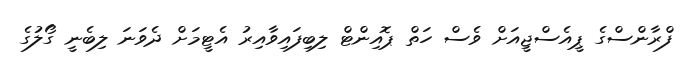
ފްރާންސްގެ ޕީއެސްޖީއަށް ވެސް ހަތް ޕޮއިންޓް ލިބިފައިވާއިރު އެޓީމަށް ދެވަނަ ލިބެނީ ގޯލުގެ